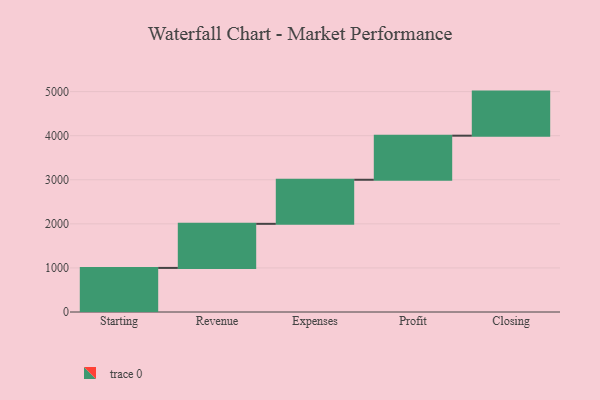
{"axis": {"x": "Step", "y": "Value"}, "legend": [""], "data": [{"x": "Starting", "y": 1000, "type": ""}, {"x": "Revenue", "y": 1000, "type": ""}, {"x": "Expenses", "y": 1000, "type": ""}, {"x": "Profit", "y": 1000, "type": ""}, {"x": "Closing", "y": 1000, "type": ""}]}